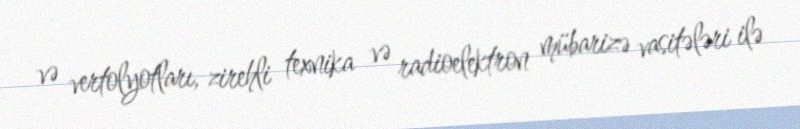
və vertolyotları, zirehli texnika və radioelektron mübarizə vasitələri ilə